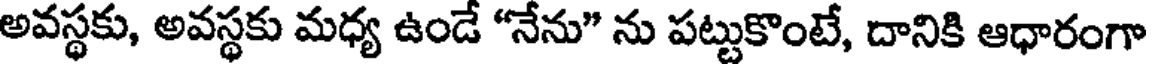
అవస్థకు, అవస్థకు మధ్య ఉండే "నేను" ను పట్టుకొంటే, దానికి ఆధారంగా